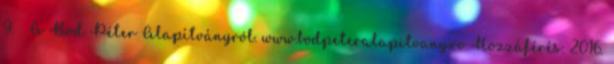
9. ↑ A Bod Péter Alapítványról. www.bodpeteralapitvany.ro Hozzáférés: 2016.